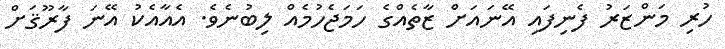
ހުރި މަންޒަރު ފެނިފައި އޭނައަށް ޒާތެއްގެ ހަމަޖެހުމެއް ލިބުނެވެ. އެއާއެކު އޭނަ ފާރޫޤަށް